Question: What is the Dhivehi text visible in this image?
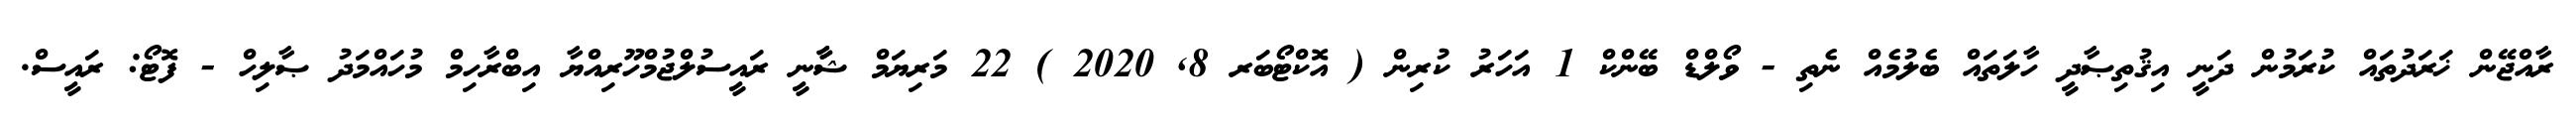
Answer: ރާއްޖޭން ޚަރަދުތައް ކުރަމުން ދަނީ އިޤުތިޞާދީ ހާލަތައް ބެލުމެއް ނެތި - ވޯލްޑް ބޭންކް 1 އަހަރު ކުރިން ( އޮކްޓޯބަރ 8, 2020 ) 22 މަރިޔަމް ޝާާނީ ރައީސުލްޖުމްހޫރިއްޔާ އިބްރާހިމް މުހައްމަދު ޞާލިހް - ފޮޓޯ: ރައީސް.